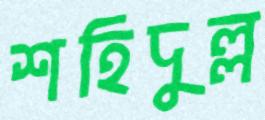
শহিদুল্ল